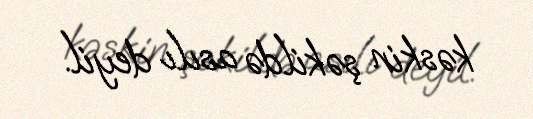
kəskin şəkildə asılı deyil.